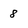
Character: 8